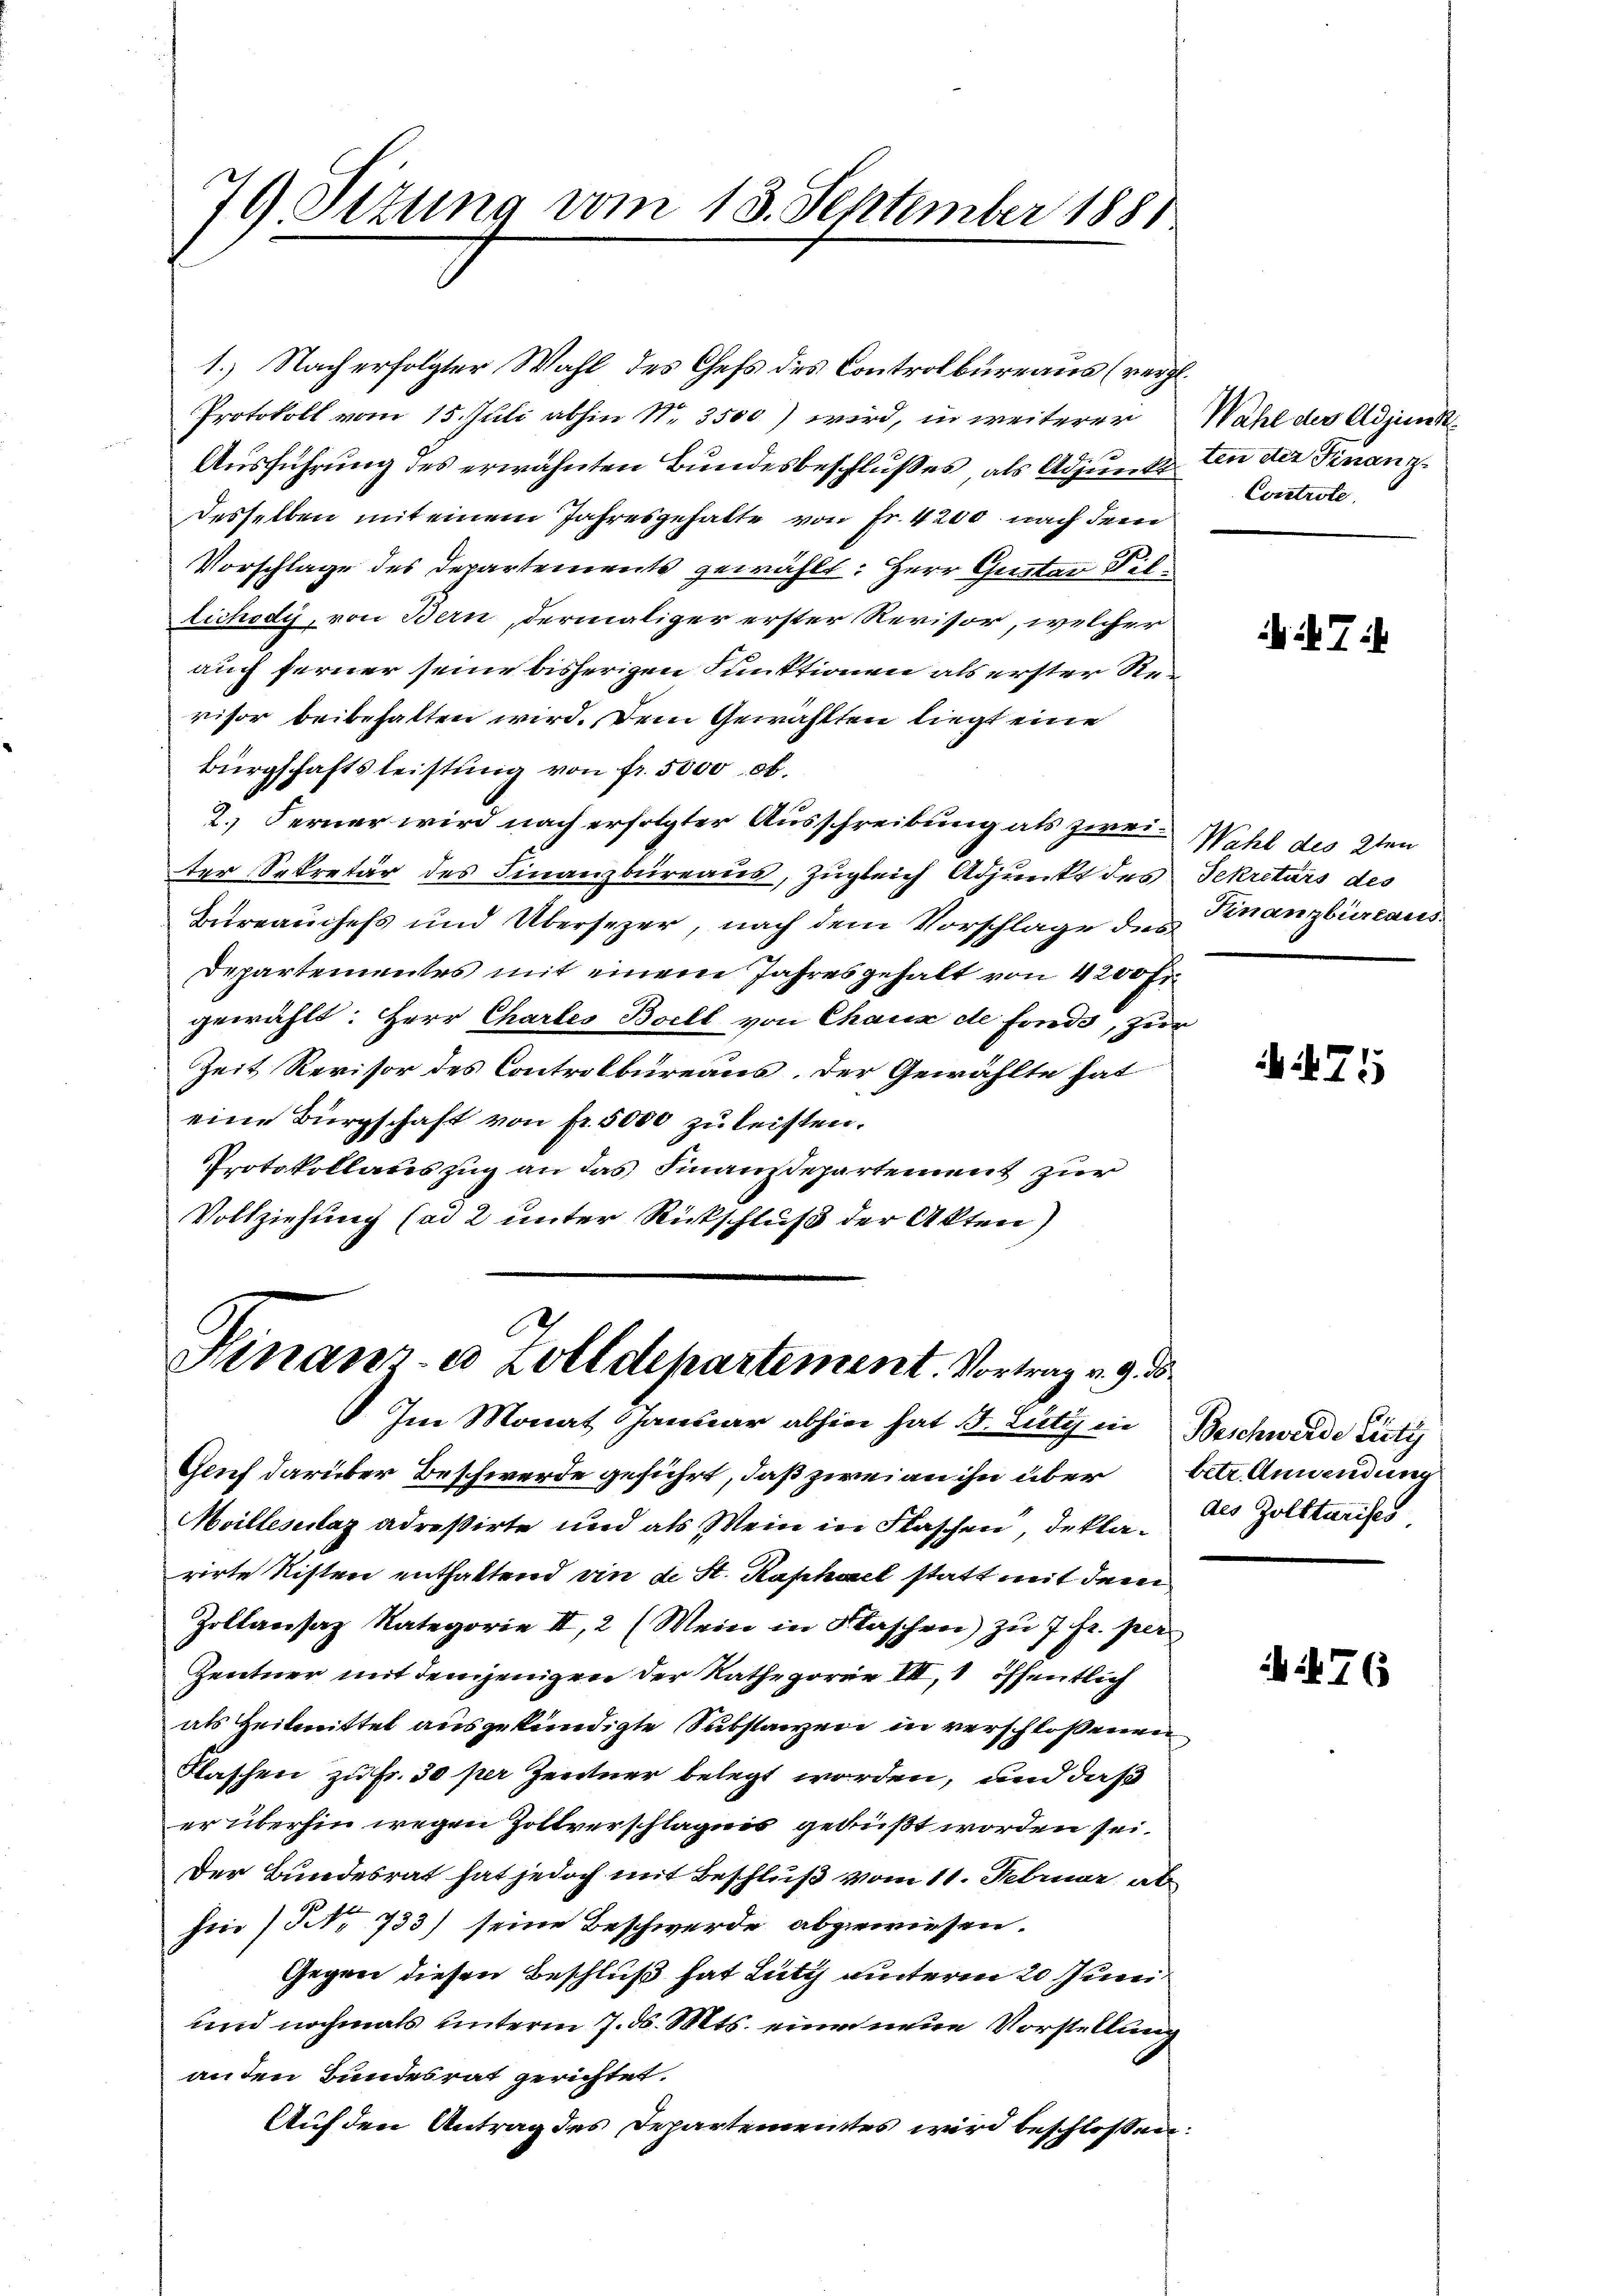
79 Sizung vom 13. September 1881

1.) Nach erfolgter Wahl des Chefs des Controlbureaus (vergl.
Protokoll vom 15. Juli abhin Nr. 3500) wird, in weiterer
Ausführung des erwähnten Bundesbeschlußes, als Adjunkt
desselben mit einem Jahresgehalte von Fr. 4200 nach dem
Vorschlage des Departements gewählt: Herr Gustav Piltichody, von Bern, dermaliger erster Revisor, welcher
auch ferner seine bisherigen Funktionen als erster Revisor beibehalten wird. Dem Gewählten liegt eine
Bürgschaftsleistung von fr. 5000 .
2.) Ferner wird nach erfolgter Ausschreibung als zwei Wahl des 2ten
ter Sekretär des Finanzbüreaus, Zugleich Adjunkt des
Bureauchefs und Übersezer, nach dem Vorschlage des Finanzbüreaus¬
Departementes mit einem Jahresgehalt von 4200 Fr.
gewählt: Herr Chartes Boill von Chaux de fonds, zur
Zeit Revisor des Controlbureaus der Gewählte hat
eine Bürgschaft von fr. 5000 zu leisten.
Protokollateszug an das Finanzdepartement zur
Vollziehung (ad 2 unter Rückschluß der Akten)

6
Hinaur-a Zolldepartement. Vortrag v. 9. d

Im Monat Januar abhin hat d. Lutz in Beschwerde City
Gluf darüber Beschwerde geführt, daß zwei an ihn über betr. Anwendung
Moilleschlag adreßirte und als Wein in Flaschen, deklarirte Risten enthaltend vie de St. Kaphael statt mit dem
Zoltansaz Kategorie II, 2 (Mein in Maschen) zu 7 Fr. per
Zentner mit demjenigen der Kathegorie VII, öffentlich
als Heilmittel ausgekündigte Substanzen in verschloßenen
Flaschen zu Fr. 30 per Zentner belegt worden, und daß
er überhin wegen Zottverschlägnis gebüßt worden sei.
Der Bundesrat hat jedoch mit Beschluß vom 11. Februar ab
sin / NNo. 733) seine Beschwerde abgewiesen.
Gegen diesen Beschluß hat Lutz unterm 20 Juni
und nochmals unterm 7. ds. Mts. eine neue Vorstellung
anden Bundesrat gerichtet.
Auf den Antrag des Departementes wird beschlossen:

Wahl des Adjunkten der Finanz¬
Controle

i Tis

Sekretärs des

471

des Zolltarises

76